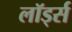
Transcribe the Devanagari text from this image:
लॉर्ड्‍स